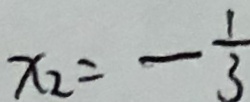
x _ { 2 } = - \frac { 1 } { 3 }